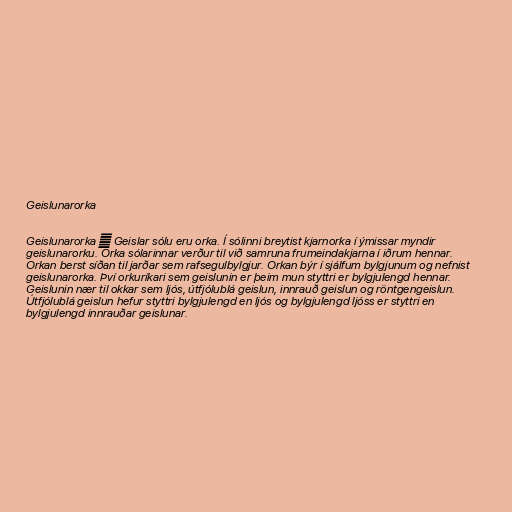
Geislunarorka

Geislunarorka ― Geislar sólu eru orka. Í sólinni breytist kjarnorka í ýmissar myndir
geislunarorku. Orka sólarinnar verður til við samruna frumeindakjarna í iðrum hennar.
Orkan berst síðan til jarðar sem rafsegulbylgjur. Orkan býr í sjálfum bylgjunum og nefnist
geislunarorka. Því orkuríkari sem geislunin er þeim mun styttri er bylgjulengd hennar.
Geislunin nær til okkar sem ljós, útfjólublá geislun, innrauð geislun og röntgengeislun.
Útfjólublá geislun hefur styttri bylgjulengd en ljós og bylgjulengd ljóss er styttri en
bylgjulengd innrauðar geislunar.